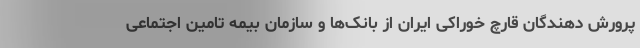
پرورش دهندگان قارچ خوراکی ایران از بانک‌ها و سازمان بیمه تامین اجتماعی